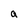
Character: a